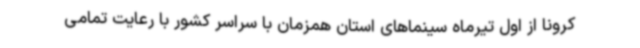
کرونا از اول تیرماه سینماهای استان همزمان با سراسر کشور با رعایت تمامی